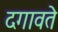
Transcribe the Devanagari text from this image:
दगावते